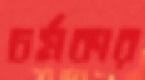
চর্মকার